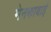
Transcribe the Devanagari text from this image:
मेनकाबाई